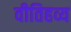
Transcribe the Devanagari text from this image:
वीतिहव्य